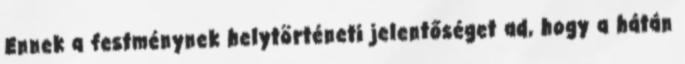
Ennek a festménynek helytörténeti jelentőséget ad, hogy a hátán